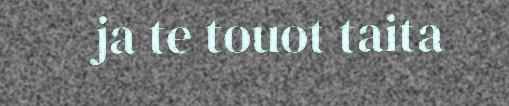
ja te touot taita